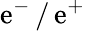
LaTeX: \mathrm{e}^{-}\, /\, \mathrm{e}^{+}